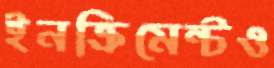
ইনক্রিমেন্টও